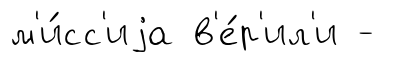
м'и́сс'иjа в'е́р'ил'и -